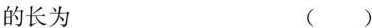
的长为 ( )